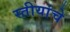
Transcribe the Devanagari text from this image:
स्तीयांचे